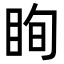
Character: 眴